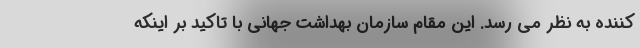
کننده به نظر می رسد. این مقام سازمان بهداشت جهانی با تاکید بر اینکه